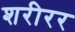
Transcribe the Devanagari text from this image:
शरीरर